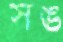
সঙ